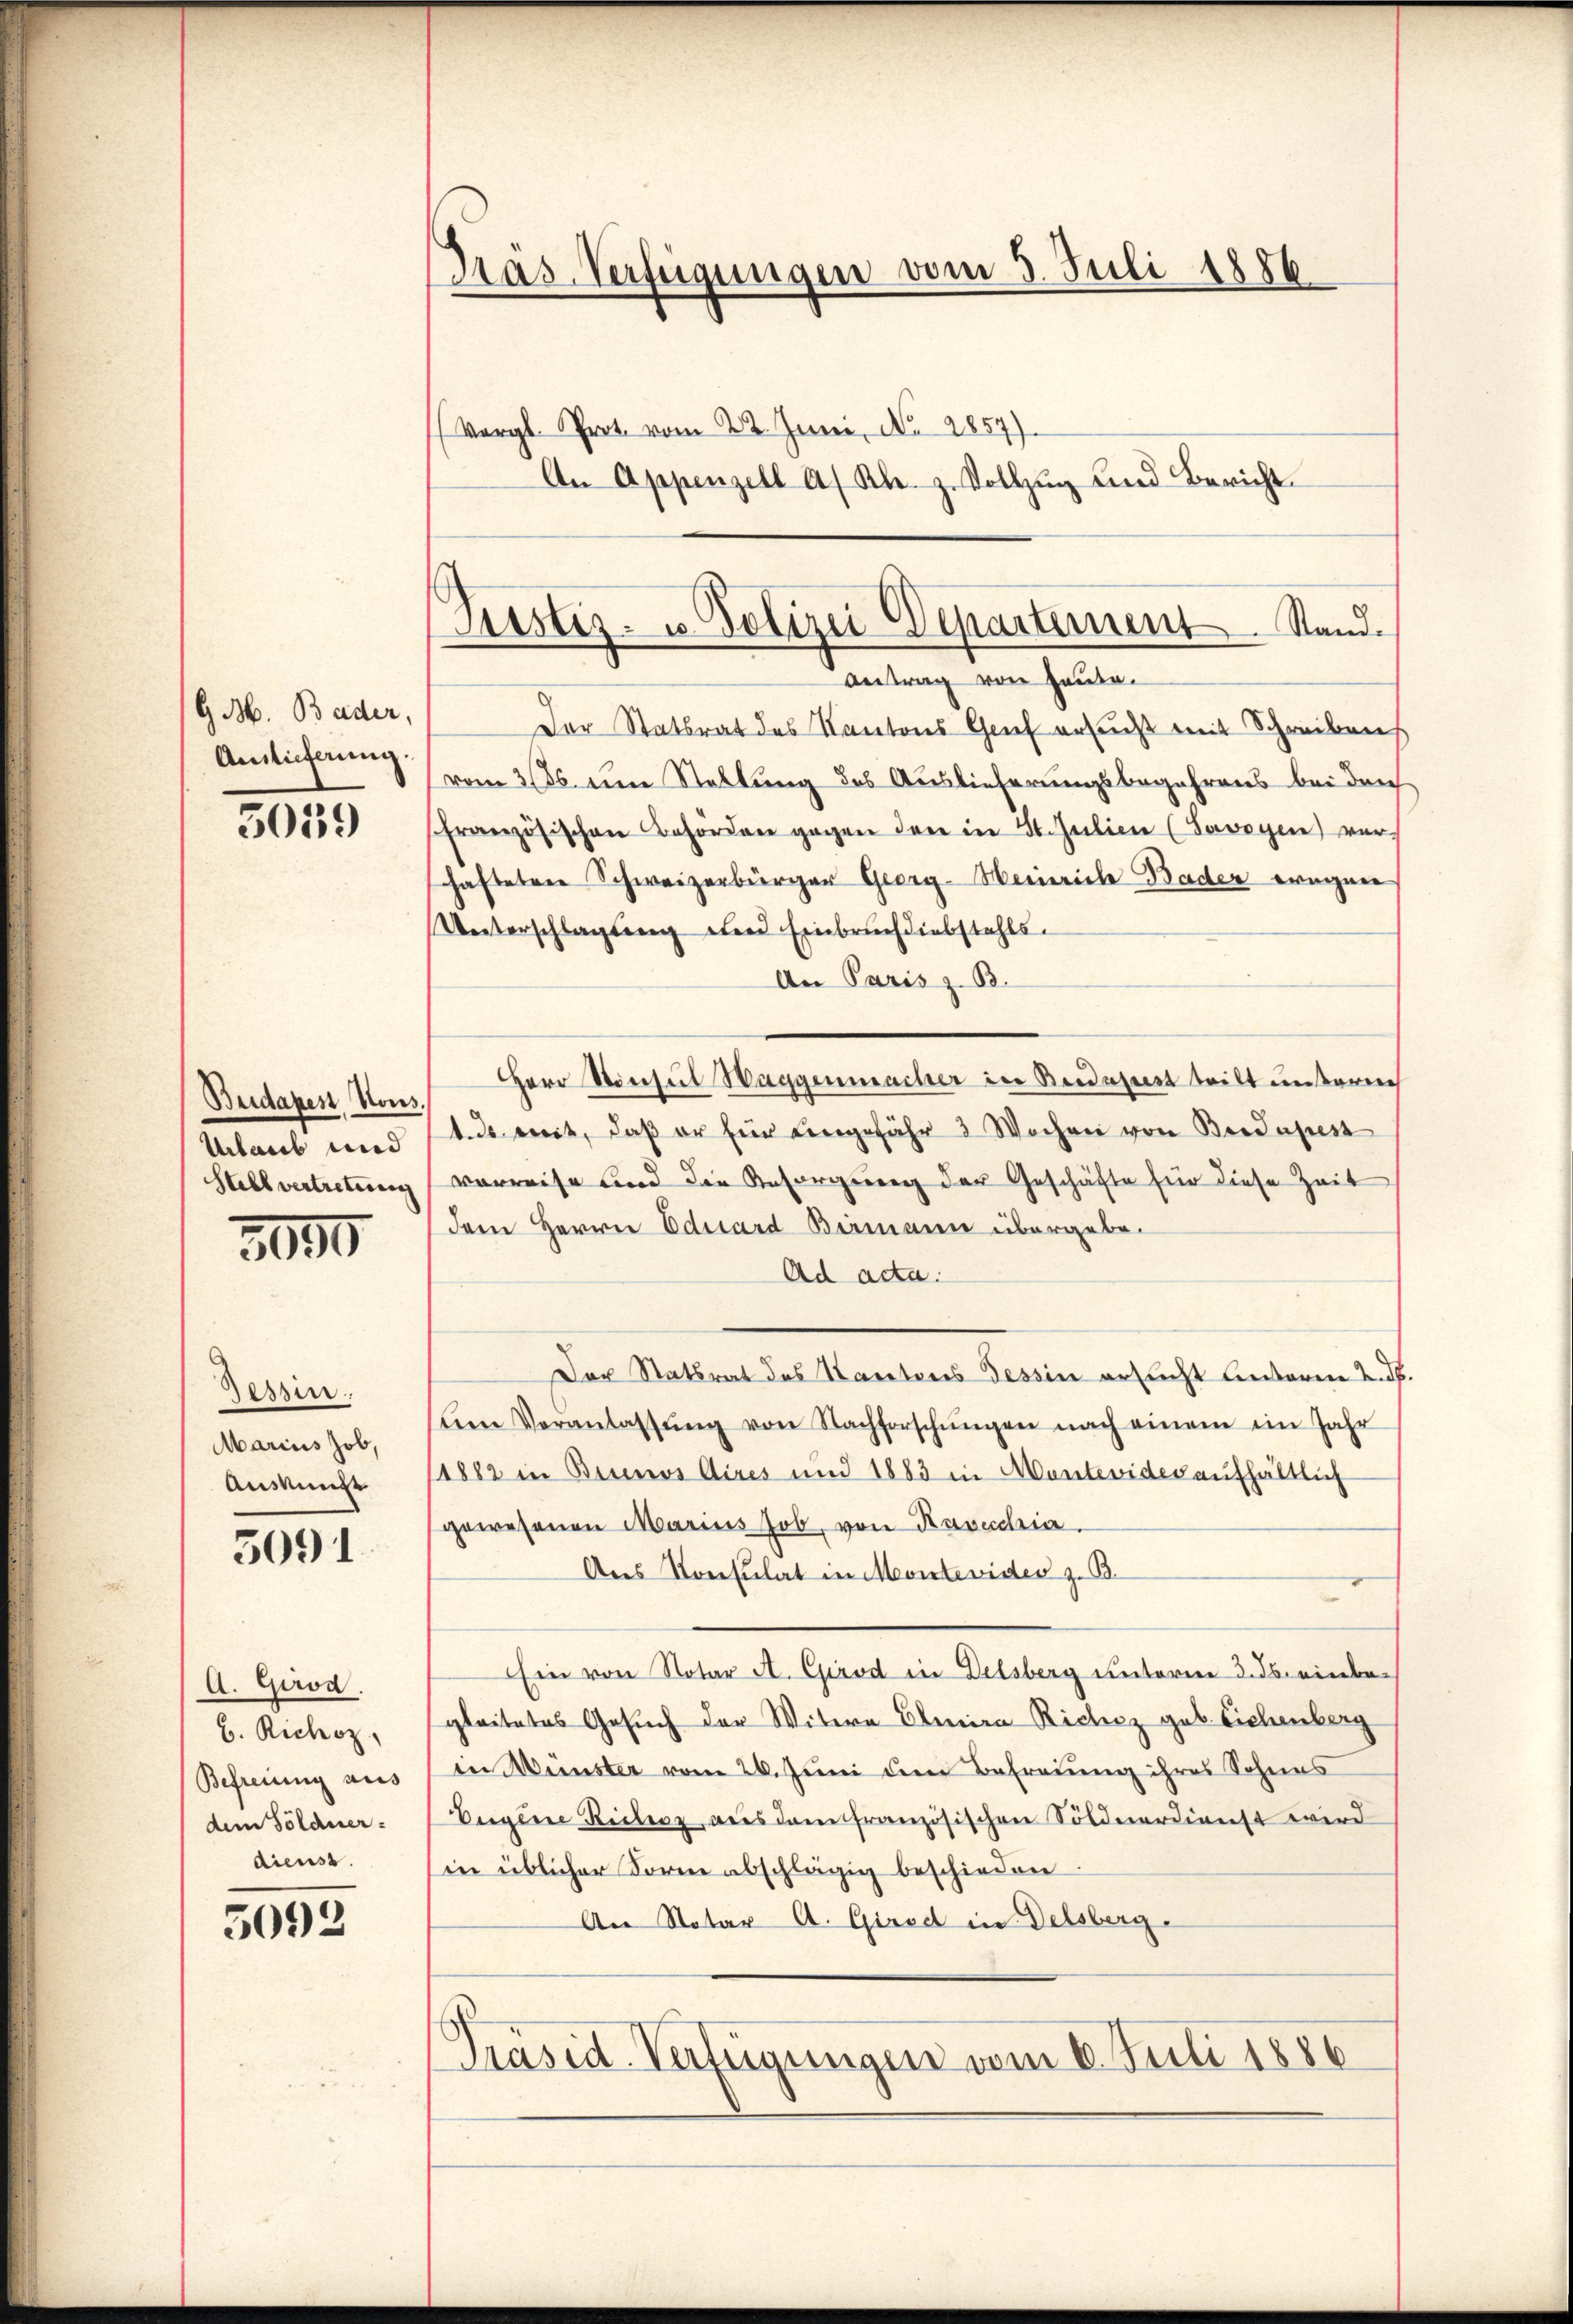
G M. Bader,
Auslieferung.

5059

Budapest, Kons.
Urlaub und
Stellvertrettung

3000

Tessin.
Marius Job,
Ausnungs
5091

A. Girod.
b. Richoz,
Befreiung aus
dem Söldner-
dienst.

5092

Präs. Verfügungen vom 3. Juli 1886

Justiz- u. Polizei Departement. Stand.

(Vergl. Prot. vom 22. Juni, No. 2857).
An Appenzell a/ Kl. z. Vollzug und Bericht.
Antrag von Heute.
Der Statsrat des Kantons Genf ersucht mit Schreibens
(vom 3186 eine Stellung des Auslieferungsbegehrens bei durch
französischen Beforden gegen den in St. Julien (Savoyen verhafteten Schweizerbürger Georg Meinriche Bader wegen
Unterschlagung und Einbruch diebstahls.
An Paris z. B.
Herr Konsul Haggenmacher in Budapest teilt unterne
1. ds weit, daß er für eingefähr 3 Wochen von Bedapest
verreise und die Besorgŭng der Geschäfte für diese Zeit
dem Herrn Eduard Barmann übergebe¬
Ad acta.
Der Statsrat des Kantons Tessin ersucht leiteren 2. d.
um Veranlassŭng von Nachforschŭngen nach einem im Jahr
/1882 in Brunos Aires und 1883 in Mantenides aufhältlich
gewesenen Marius Job, von Kavecchia
Aus Konsulat in Montevider z. B.
Ein von Notar A. Girod in Delsberg unterm 3. ds einbegleitetes Gesuch der Witwe Elmira Richiz geb. Eichenberg
in Wünster vom 26. Juni dem Befreung ihres Sohnes
Eugene Riclesz aus dem französischen Söldnerdienst wird
in üblicher Forme abschlägig beschieden.
An Notar A. Girod in Delsberg
Präsid. Verfügungen vom 6. Juli 1886